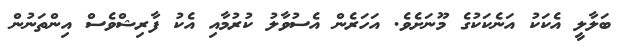
ބަލާލީ އެކަކު އަނެކަކުގެ މޫނަށެވެ. އަހަރެން އެސުވާލު ކުރުމާއި އެކު ފާރިޝްވެސް އިންތަނުން